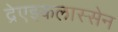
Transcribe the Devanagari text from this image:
द्रेएइकलास्सेन